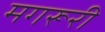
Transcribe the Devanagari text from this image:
मगरूरी